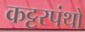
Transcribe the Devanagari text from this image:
कट्टरपंथो